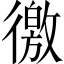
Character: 徼